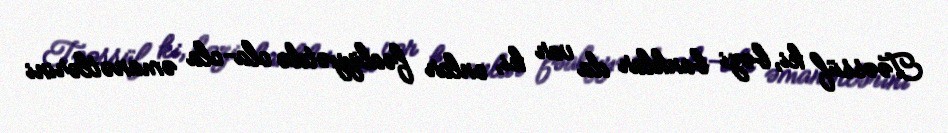
Təəssüf ki, bəzi banklar da var ki, onlar fəaliyyətdə ola-ola əmanətlərini